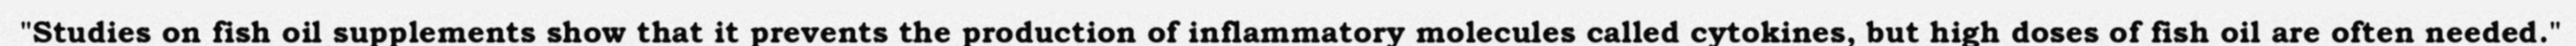
"Studies on fish oil supplements show that it prevents the production of inflammatory molecules called cytokines, but high doses of fish oil are often needed."